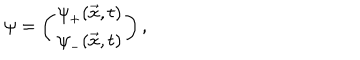
\psi = \left( \begin{array} { c } { { { { \psi } _ { + } ( \vec { x } , t ) } } } \\ { { { { \psi } _ { - } ( \vec { x } , t ) } } } \\ \end{array} \right) ,